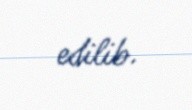
edilib.